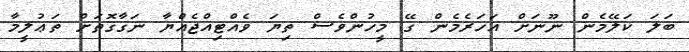
ބަލަ ކަލޭމެން ނޫނަށް އަހަރެމެން ގޭ މީހުންވެސް ތިޔަ ވެއްޓިއްޖެއްޔާ ނަގާގޮތަށް ތަޢުލީމާ